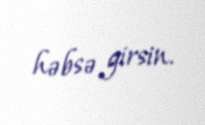
həbsə girsin.